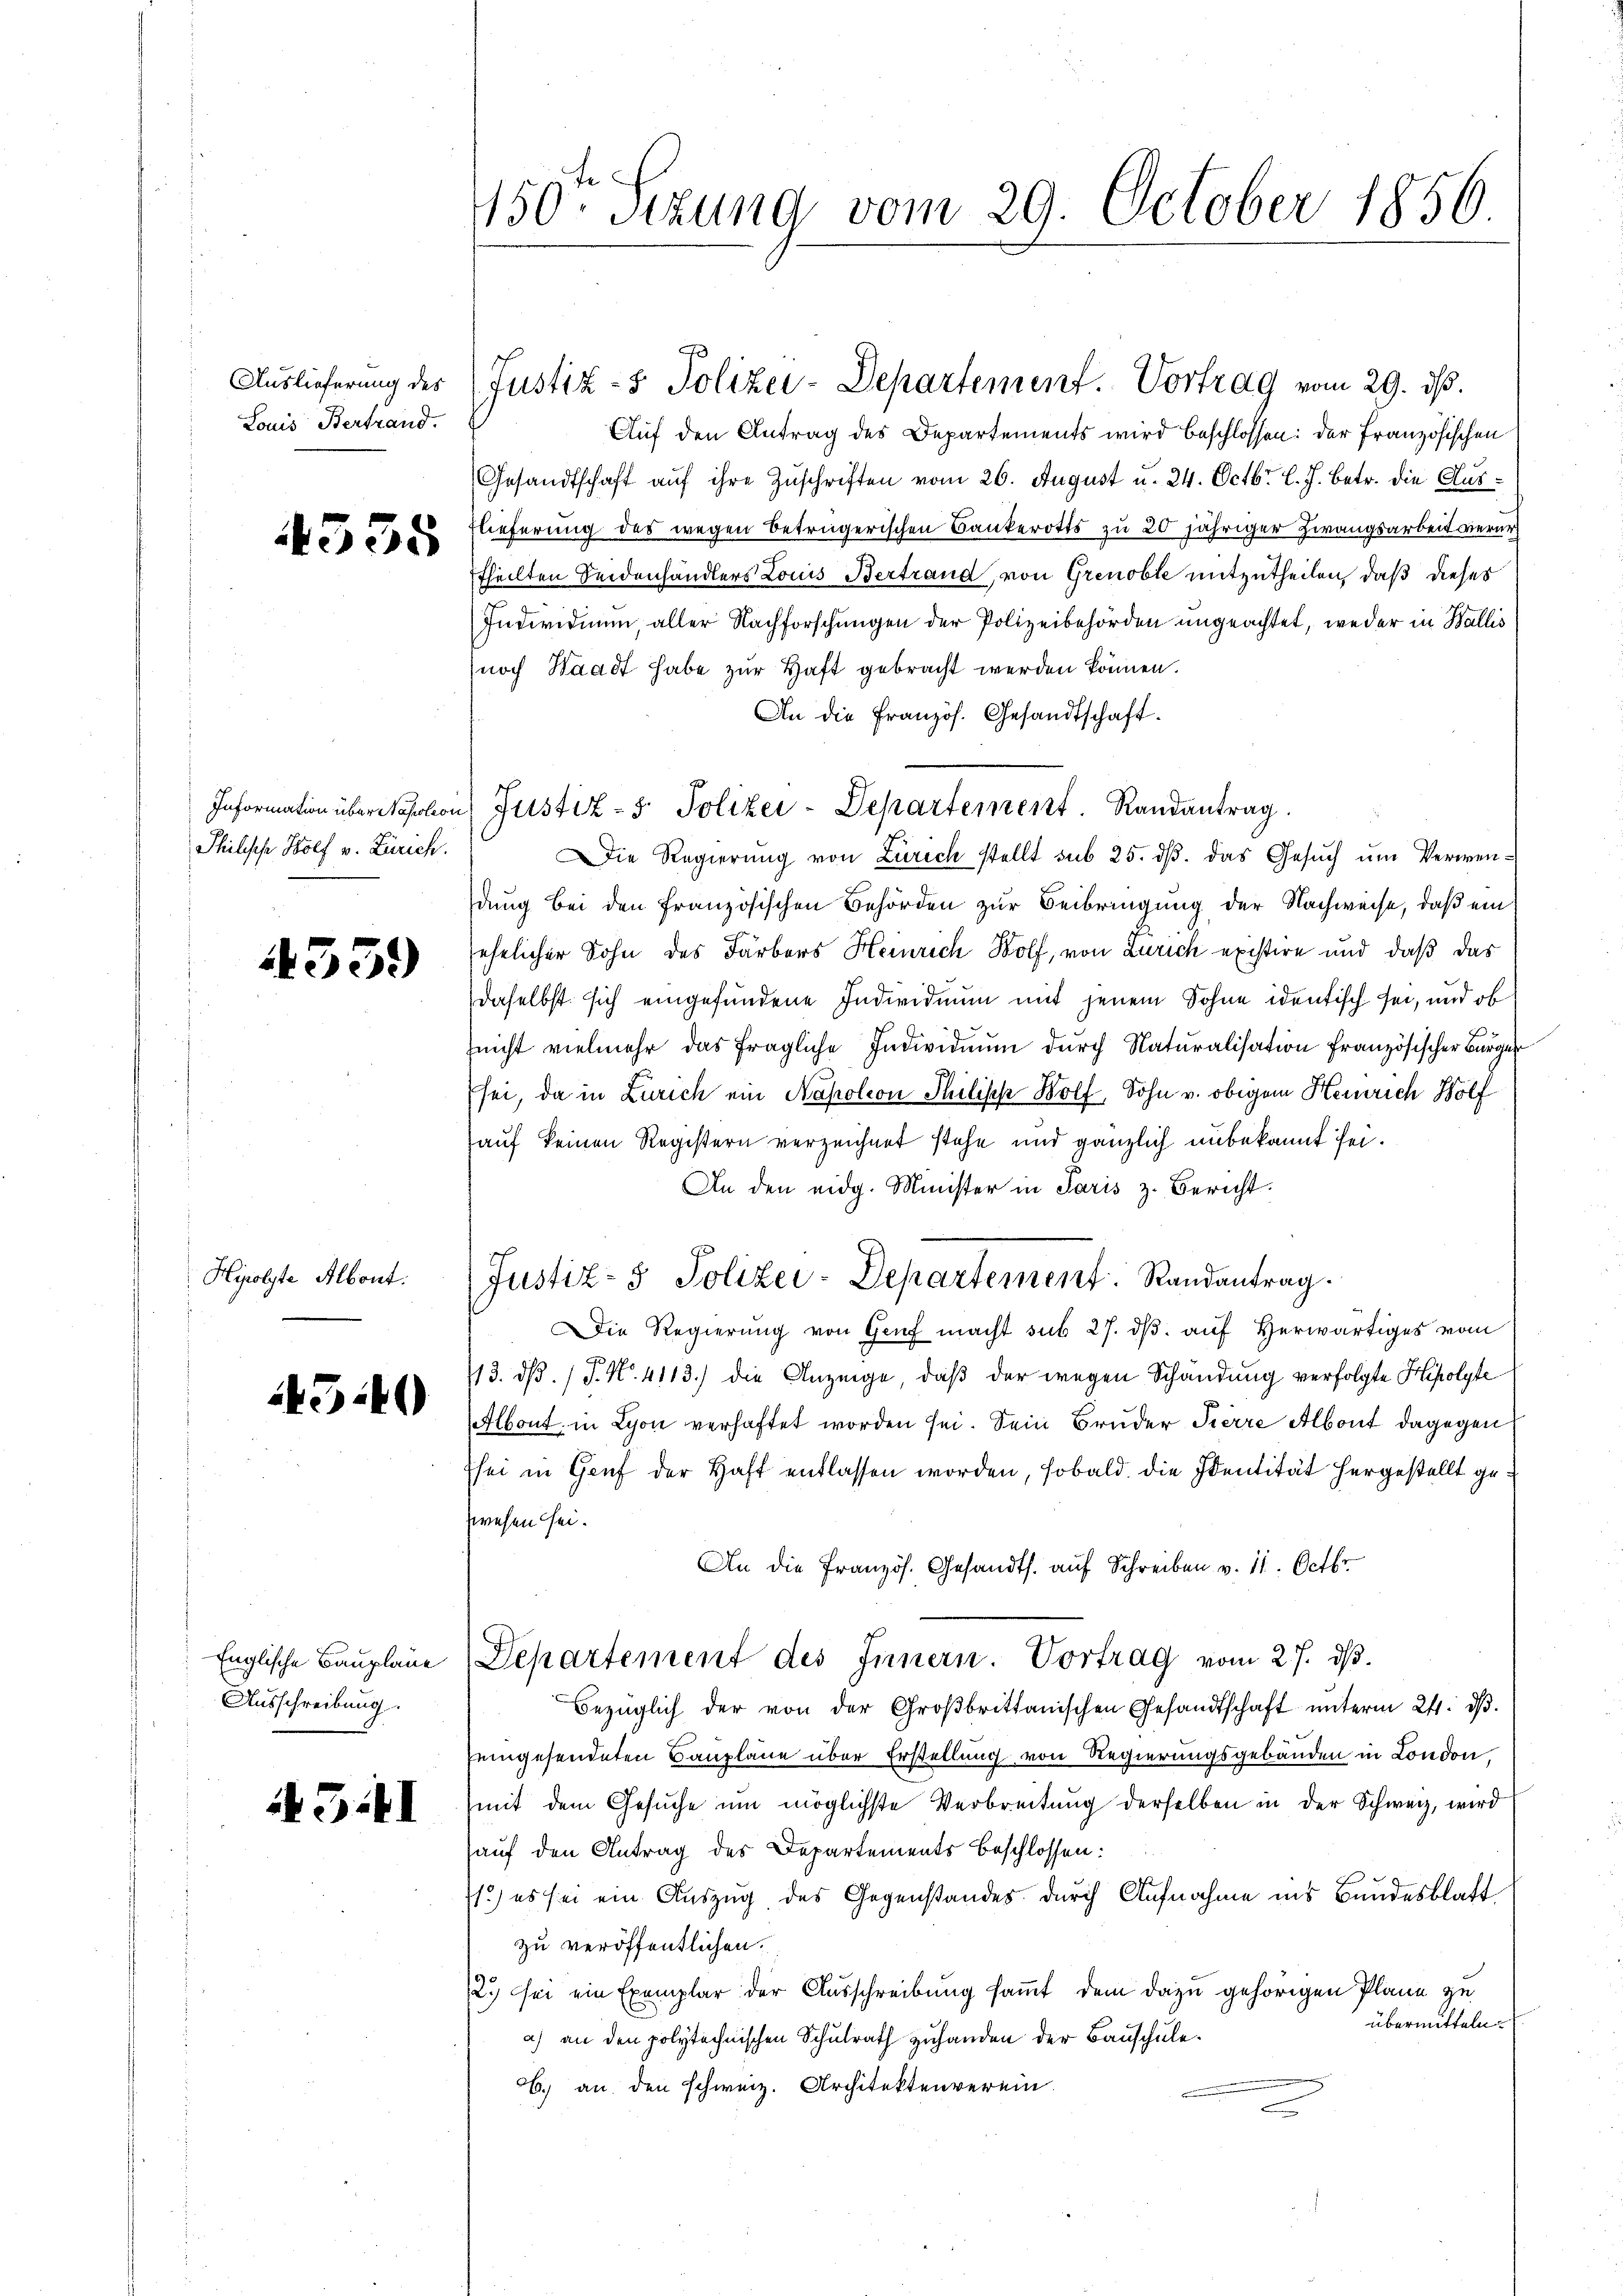
Louis Bertrand.

4335

Philische Wolf v. Zürich.

1359

Hiolyte Albont.

43.40

Ausschreibung

Gitl

150. Sizung vom 29. October 1856.

Auf den Antrag des Departements wird beschlossen: der Französischen
Gesandtschaft auf ihre Zuschriften vom 26. August u. 24. Octbr. l. J. betr. die Aus¬
Flieferung des wegen betrügerischen Bankerotts zu 20 jähriger Zwangsarbeit verur
theilten Seidenhändlers Louis Bertrand, von Grenoble mitzutheilen, daß dieses
Individuum, aller Nachforschungen der Polizeibehörden ungeachtet, weder in Wallis
noch Waadt habe zur Haft gebracht werden können.
An die Französ. Gesandtschaft.
Die Regierŭng von Zürich stellt sub 25. dβ. das Gesŭch ŭm Verwen-
dung bei den französischen Behörden zur Beibringung der Nachweise, daß ein
sehnlicher Sohn des Färbers Heinrich Wolf, von Zürich existire und daß das
daselbst sich eingefundene Individuum mit jenem Sohne identisch sei, und ob
(nicht vielmehr das fragliche Individuum dŭrch Naturalisation französischer Bürger
sei, da in Zürich ein Napoleon Thilisch Bolf, Sohn v. obigem Heinrich Wolf
auf keinen Registern verzeichnet stehe und gänzlich unbekannt sei.
An den eidg. Minister in Paris z. Bericht.
Justiz- & Polizei-Departement. Randantrag.
Die Regierung von Genf macht sub 27. dβ auf Herwärtiges vom
113. dβ. / P. Nr. 4113.) die Anzeige, daß der wegen Schändung verfolgte Hipolyte
Albont, in Lyon verhaftet worden sei. Sein Bruder Pierre Albont dagegen
sei in Genf der Haft entlassen worden, sobald die Identität hergestellt gezwesen sei.
An die Französ. Gesandts. auf Schreiben v. 11. Octbr.
Englische Baŭpläne Departement des Innern. Vortrag vom 27. dβ.
Bezüglich der von der Groβbrittanischen Gesandtschaft ŭnterm 24. dβ.
eingesendeten Baupläne über Erstellung von Regierungsgebäuden in London,
(mit dem Gesŭche ŭm möglichste Verbreitung derselben in der Schweiz, wird
auf den Antrag des Departements beschlossen:
1.) es sei ein Auszug des Gegenstandes durch Aufnahme ins Bundesblatt
zu veröffentlichen.
2) sei ein Exemplar der Ausschreibung sammt dem dazu gehörigen Plane zu
übermitteln.
a) an den polytechnischen Schulrath zuhanden der Bauschule.
.) an den schweiz. Architektenverein.

Auslieferung des (Justiz- & Polizei-Departement. Vortrag vom 29. ds.

Information überation Justiz - 5. Polizei-Departement. Randantrag.